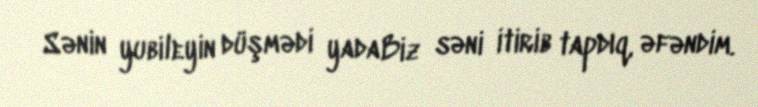
Sənin yubileyin düşmədi yadaBiz səni itirib tapdıq, əfəndim.